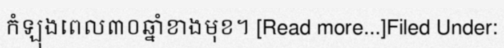
កំឡុងពេល៣០ឆ្នាំខាងមុខ។ [Read more...]Filed Under: